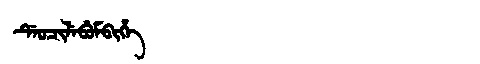
Manchu: ᡩᡝᠣᠴᡳᠯᡝᠪᡠᠮᠪᡳᡥᡝ
Romanization: DEOCILEBUMBIHE